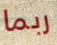
ربما